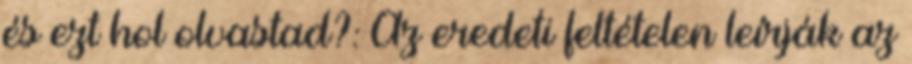
és ezt hol olvastad?: Az eredeti feltételen leírják az